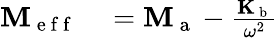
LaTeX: \begin{array}{rl}{\mathbf{M}_{\mathrm{~e~f~f~}}}&{{}=\mathbf{M}_{\mathrm{~a~}}-\frac{\mathbf{K}_{\mathrm{~b~}}}{\omega^{2}}}\end{array}